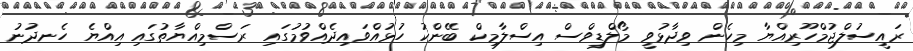
ރައީސުލްޖުމްހޫރިއްޔާ މިހެން ވިދާޅުވީ މޯލްޑިވްސް އިސްލާމިކް ބޭންކު ހުޅުއްވައިދެއްވުމުގައި ރަސްމިއްޔާތުގައި އިއްޔެ ހެނދުނު